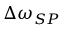
\Delta \omega _ { S P }